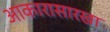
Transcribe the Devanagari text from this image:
आकारासारखा